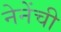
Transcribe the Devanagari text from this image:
नेनेंची